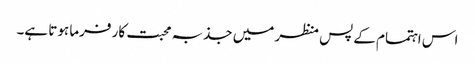
اس اہتمام کے پس منظر میں جذبہ محبت کار فرما ہوتا ہے۔